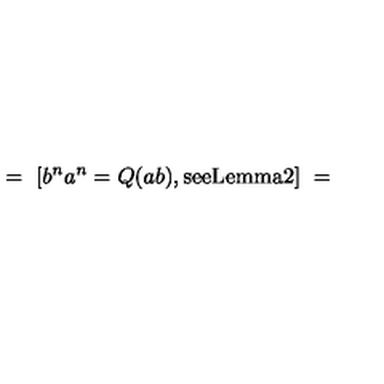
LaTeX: = \ [ b ^ { n } a ^ { n } = Q ( a b ) , { \mathrm { s e e L e m m a 2 } } ] \ =